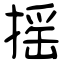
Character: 摇